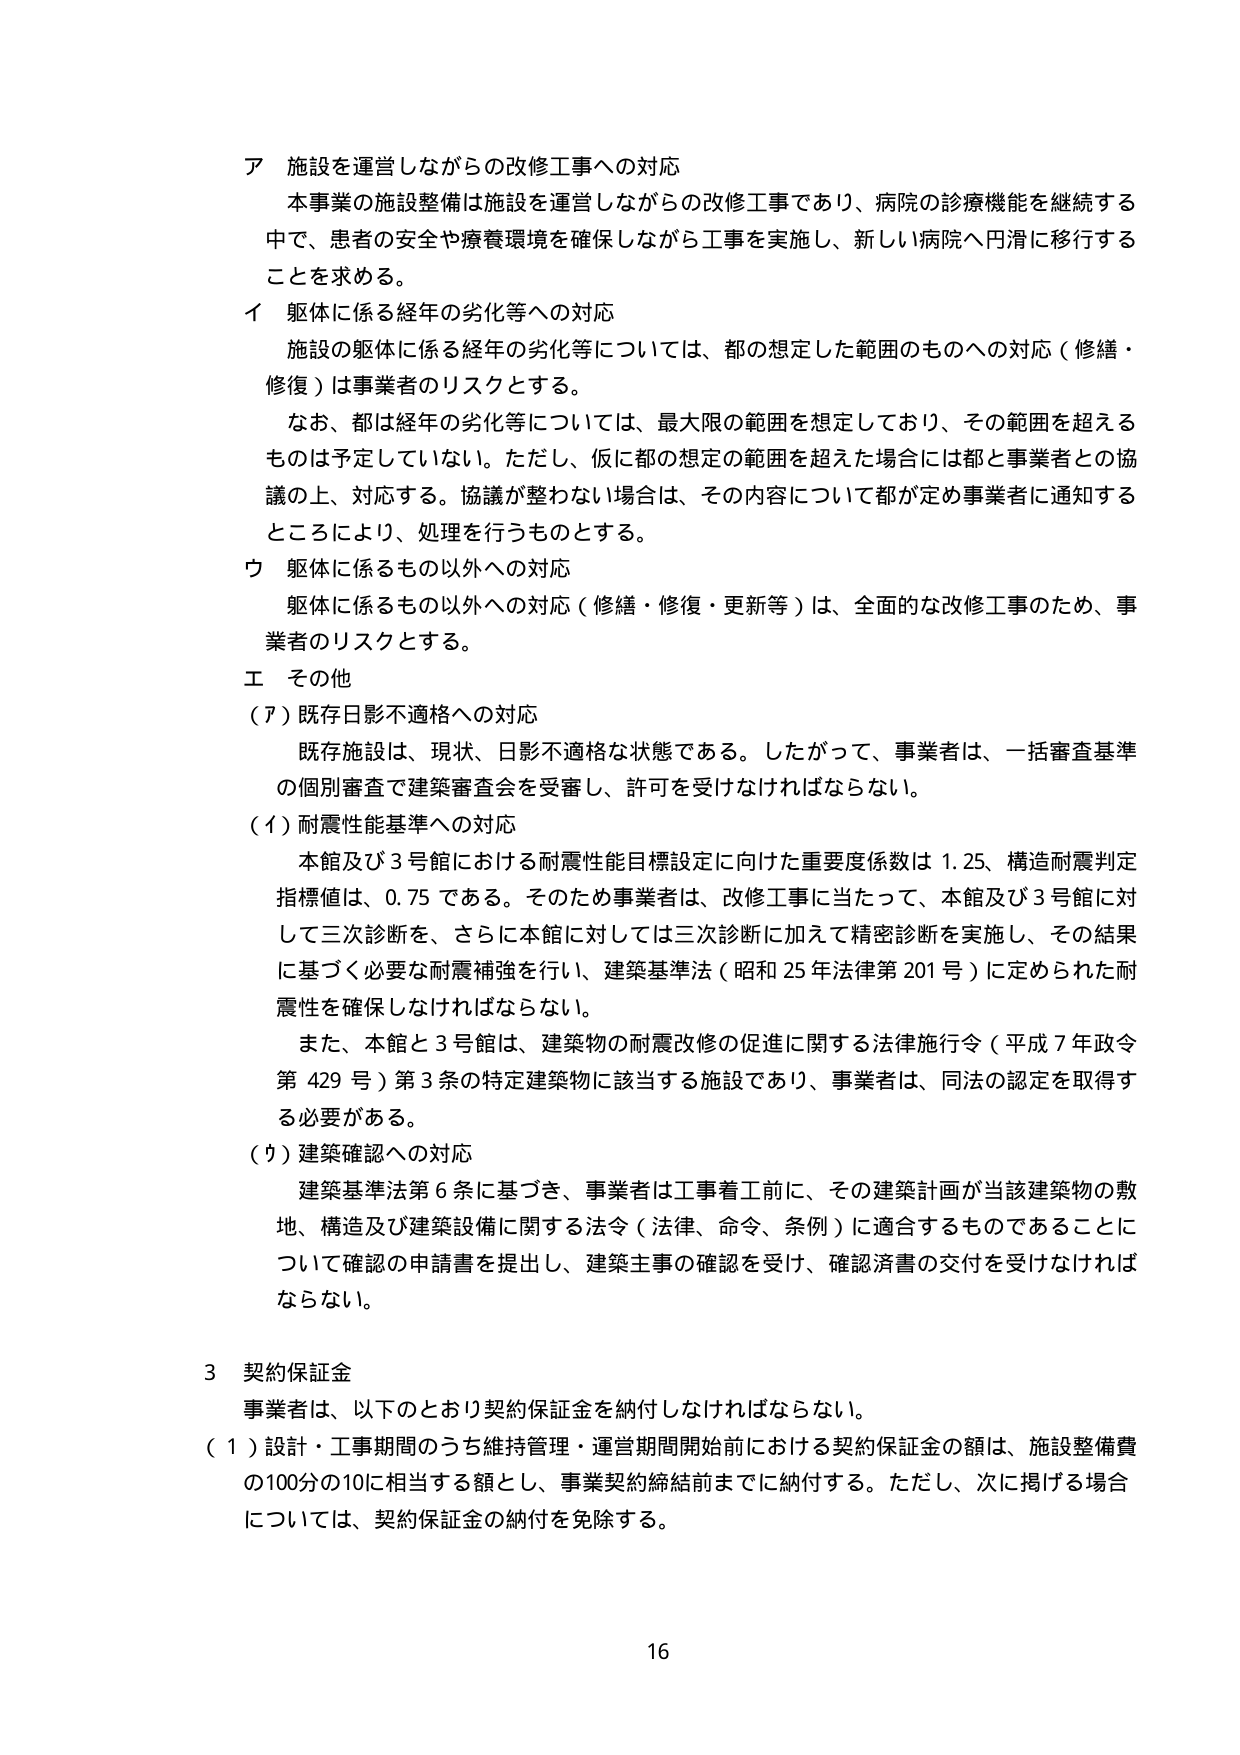
ア 施設を運営しながらの改修工事への対応
本事業の施設整備は施設を運営しながらの改修工事であり、病院の診療機能を継続する中で、患者の安全や療養環境を確保しながら工事を実施し、新しい病院へ円滑に移行することを求める。

イ 軀体に係る経年の劣化等への対応
施設の軀体に係る経年の劣化等については、都の想定した範囲のものへの対応（修繕・修復）は事業者のリスクとする。
なお、都は経年の劣化等については、最大限の範囲を想定しており、その範囲を超えるものは予定していない。ただし、仮に都の想定の範囲を超えた場合には都と事業者との協議の上、対応する。協議が整わない場合は、その内容について都が定め事業者に通知するところにより、処理を行うものとする。

ウ 軀体に係るもの以外への対応
軀体に係るもの以外への対応（修繕・修復・更新等）は、全面的な改修工事のため、事業者のリスクとする。

エ その他
（ア）既存日影不適格への対応
既存施設は、現状、日影不適格な状態である。したがって、事業者は、一括審査基準の個別審査で建築審査会を受審し、許可を受けなければならない。

（イ）耐震性能基準への対応
本館及び3号館における耐震性能目標設定に向けた重要度係数は1.25、構造耐震判定指標値は、0.75である。そのため事業者は、改修工事に当たって、本館及び3号館に対して三次診断を、さらに本館に対しては三次診断に加えて精密診断を実施し、その結果に基づく必要な耐震補強を行い、建築基準法（昭和25年法律第201号）に定められた耐震性を確保しなければならない。
また、本館と3号館は、建築物の耐震改修の促進に関する法律施行令（平成7年政令第429号）第3条の特定建築物に該当する施設であり、事業者は、同法の認定を取得する必要がある。

（ウ）建築確認への対応
建築基準法第6条に基づき、事業者は工事着工前に、その建築計画が当該建築物の敷地、構造及び建築設備に関する法令（法律、命令、条例）に適合するものであるについて確認の申請書を提出し、建築主事の確認を受け、確認済書の交付を受けなければならない。

3 契約保証金
事業者は、以下のとおり契約保証金を納付しなければならない。
（1）設計・工事期間のうち維持管理・運営期間開始前における契約保証金の額は、施設整備費の100分の10に相当する額とし、事業契約締結前までに納付する。ただし、次に掲げる場合については、契約保証金の納付を免除する。

16